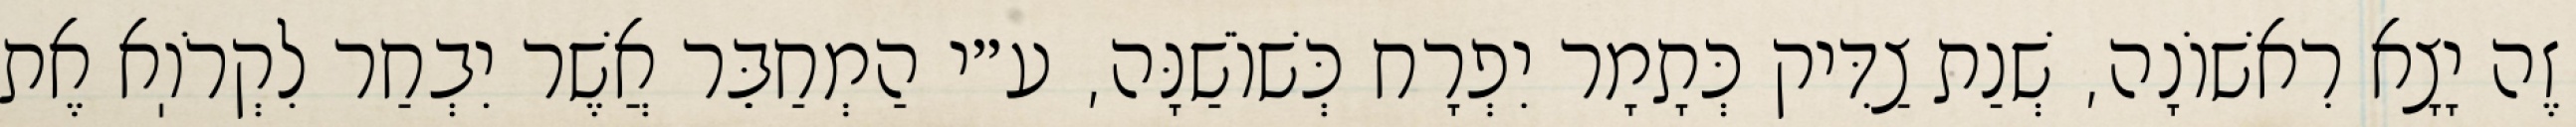
זֶה יָצָא רִאשׁוֹנָה, שְׁנַת צַדִּיק כְּתָמָר יִפְרָח כְּשׁוֹשַׁנָּה, ע״י הַמְחַבֵּר אֲשֶׁר יִבְחַר לִקְרֹוֽא אֶת